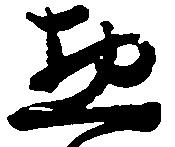
惣